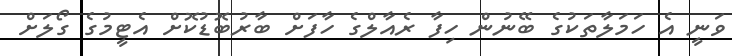
ވަނީ އެ ހަމަލާތަކުގެ ބޭނުން ހިފާ ރެއާލްގެ ހާފަށް ބާރުބޮޑުކޮށް އެޓީމުގެ ގޯލަށް